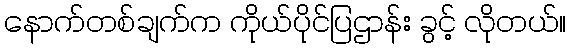
နောက်တစ်ချက်က ကိုယ်ပိုင်ပြဌာန်း ခွင့် လိုတယ်။